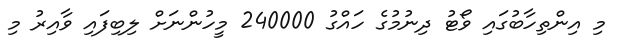
މި އިންތިހާބުގައި ވޯޓު ދިނުމުގެ ހައްގު 240000 މީހުންނަށް ލިބިފައި ވާއިރު މި